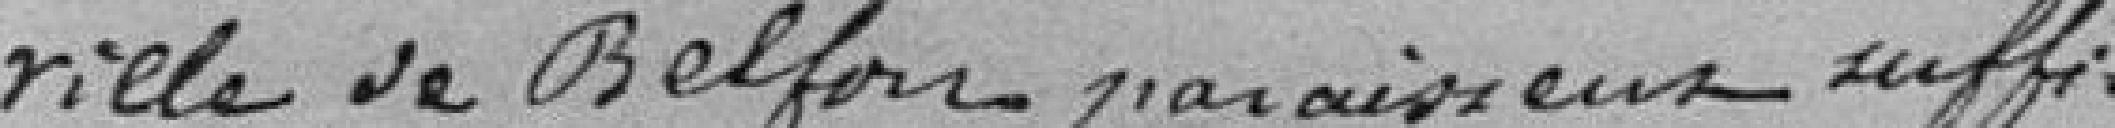
ville de Belfort paraissent suffisamment